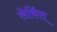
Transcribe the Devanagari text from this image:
लेकिंत